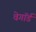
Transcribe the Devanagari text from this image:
वेगॉर्ड